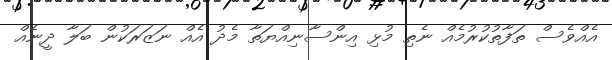
އެއްވެސް ތަފާތުކުރުމެއް ނެތި މުޅި އިންސާނިއްޔަތާ މެދު އެއް ނަޒަރަކުން ބަލާ ދީނެއް